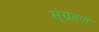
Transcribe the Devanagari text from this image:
स्ंग्रहण